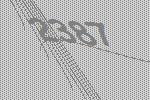
2387